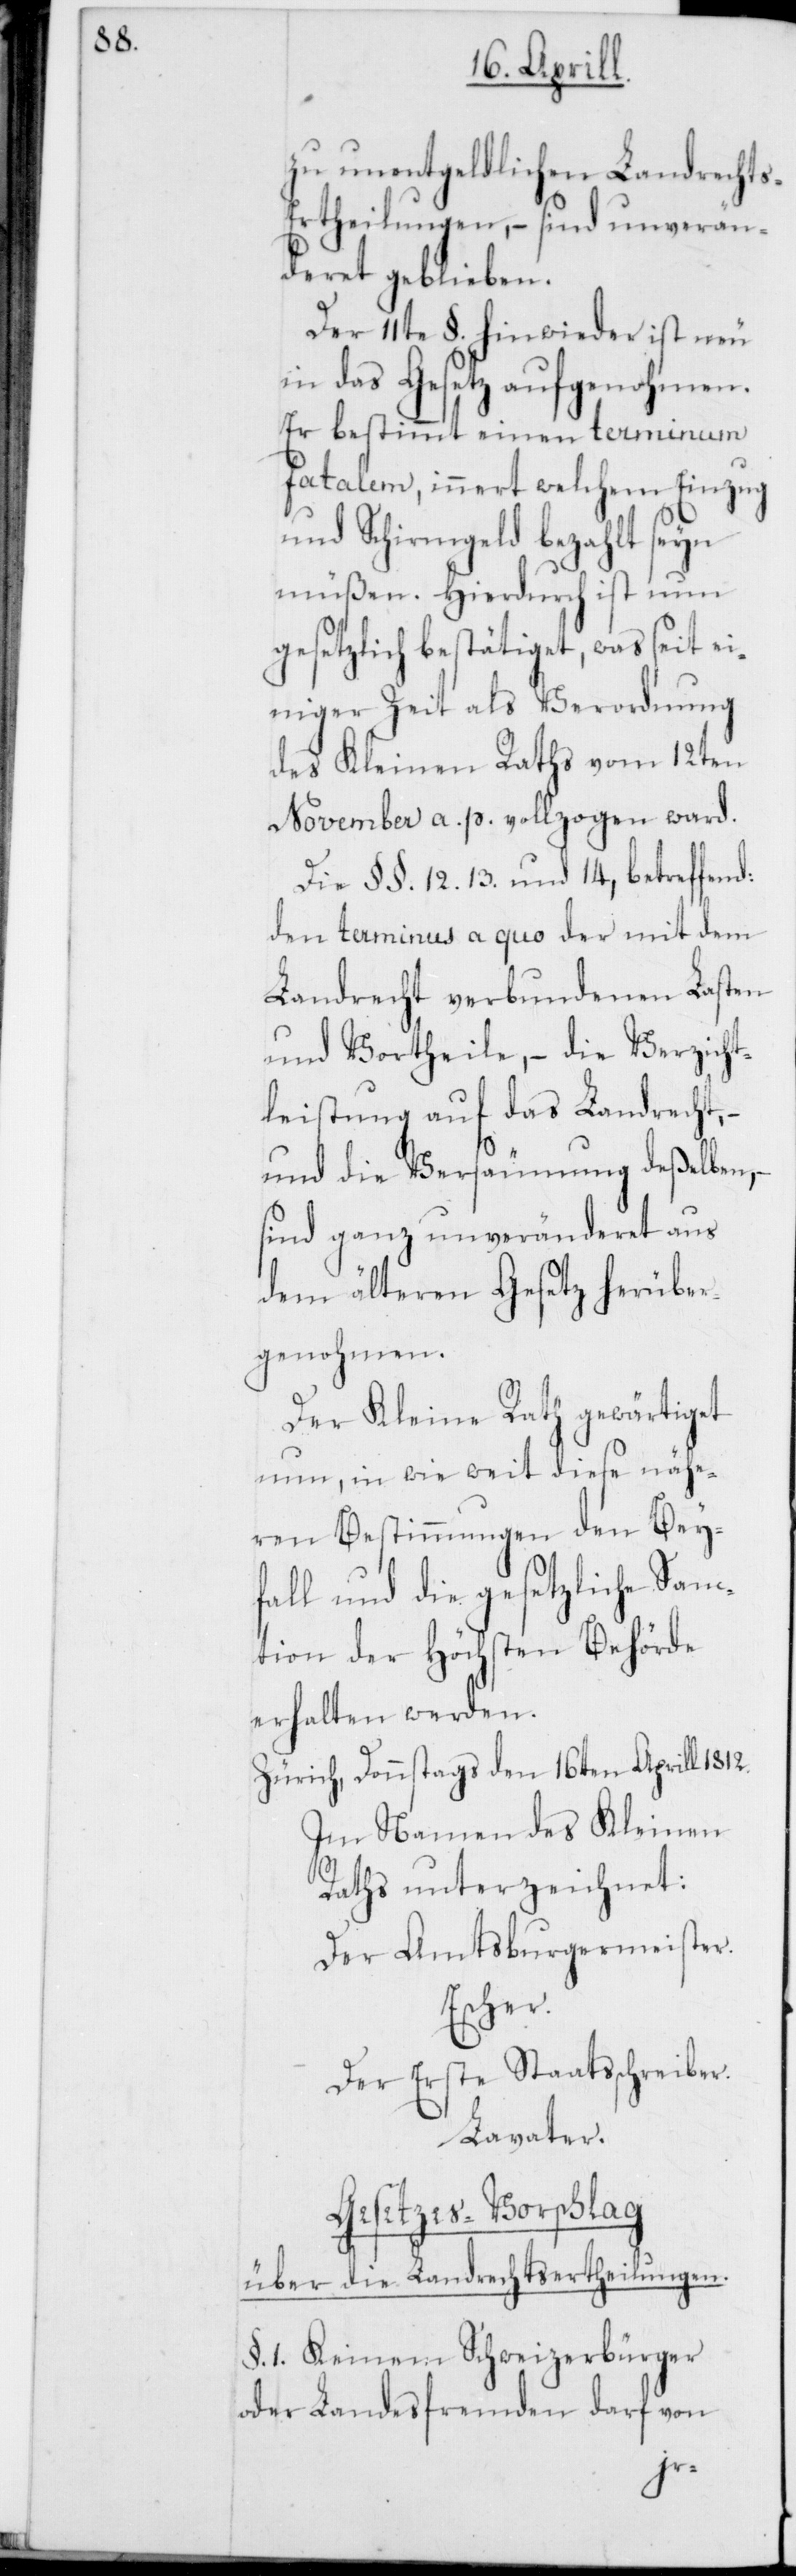
zu unentgeldlichen Landrecht¬
s-Ertheilungen, – sind unverän¬
deret geblieben.
Der 11te §. hinwieder ist neu
in das Gesetz aufgenohmen.
Er bestimmt einen terminum
fatalem, innert welchem Einzug
und Schirmgeld bezahlt seyn
müßen. Hierdurch ist nun
gesetzlich bestätiget, was seit ei¬
niger Zeit als Verordnung
des Kleinen Raths vom 12ten
November a. p. vollzogen ward.
Die §§. 12.[,] 13. und 14, betreffend
den terminus a quo der mit dem
Landrecht verbundenen Lasten
und Vortheile, – die Verzicht¬
leistung auf das Landrecht, –
und die Versäumung deßelben,
sind ganz unveränderet aus
dem älteren Gesetz herüber¬
genohmen.
Der Kleine Rath gewärtiget
nun, in wie weit diese nähe¬
ren Bestimmungen den Bey¬
fall und die gesetzliche San¬
ction der Höchsten Behörde
erhalten werden.
Zürich, Donnstags den 16ten Aprill 1812.
Im Namen des Kleinen
Raths unterzeichnet:
Der Amtsburgermeister
Escher.
Der erste Staatsschreiber
Lavater.
Gesetzes-Vorschlag
über die Landrechtsertheilungen.
§. 1. Keinem Schweizerbürger
oder Landesfremden darf von